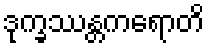
ဒုက္ခဿန္တကရောတိ